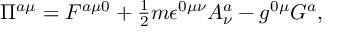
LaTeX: \Pi ^ { a \mu } = F ^ { a \mu 0 } + \textstyle { \frac { 1 } { 2 } } m \epsilon ^ { 0 \mu \nu } A _ { \nu } ^ { a } - g ^ { 0 \mu } G ^ { a } ,